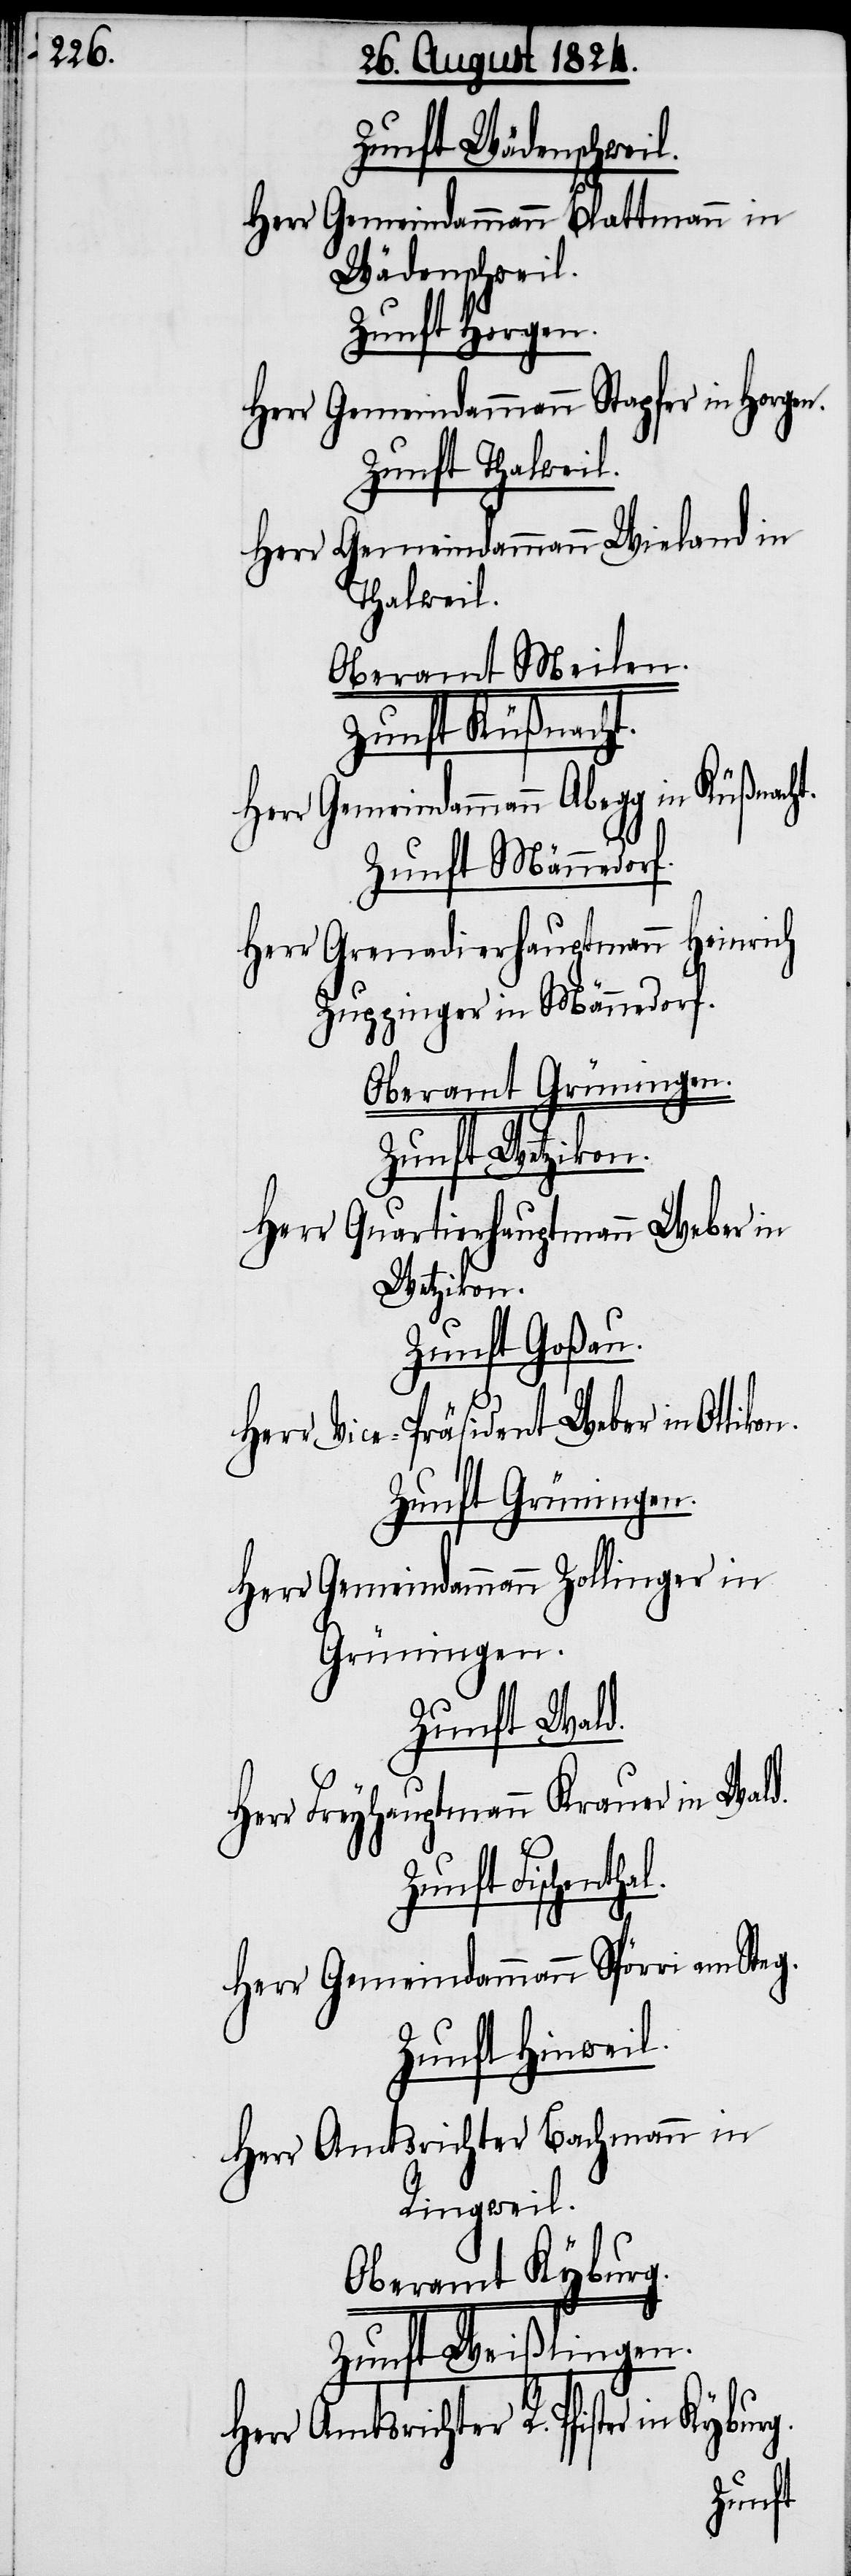
Zunft Wädenschweil.
Gemeindammann Blattmann in
Herr
Wädenschweil.
Zunft Horgen.
Gemeindammann Stapfer in Horgen.
Zunft Thalweil.
Herr Gemeindammann Wieland in
Thalweil.
Oberamt Meilen.
Zunft Küßnacht.
Zunft Männedorf.
Herr Grenadierhauptmann Heinrich
Zuppinger in Männedorf.
Oberamt Grüningen.
Zunft Wetzikon.
Herr Quartierhauptmann Weber in
Wetzikon.
Zunft Goßau.
e-Präsident Weber in
Herr Vic¬
Herr Gemeindammann Zollinger in
Grüningen.
Zunft Wald.
Herr Freyhauptmann Krauer in Wald.
Zunft Fischenth¬
Herr Gemeindammann Spörri am Ste¬
Zunft Hinweil.
Herr Amtsrichter Bachmann in
Ringweil.
Oberamt Kyburg.
Zunft Weißlingen.
Herr Amtsrichter R. Pfister in
g.